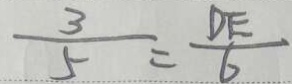
\frac { 3 } { 5 } = \frac { D E } { 6 }